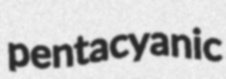
pentacyanic